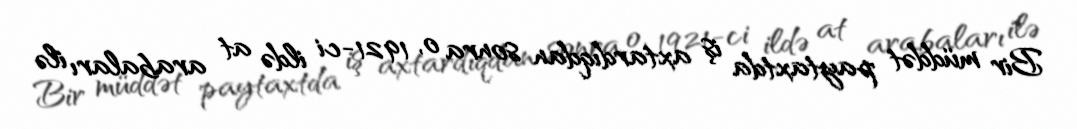
Bir müddət paytaxtda iş axtardıqdan sonra o, 1921-ci ildə at arabaları ilə